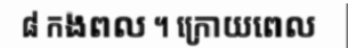
៨ កងពល ។ ក្រោយពេល